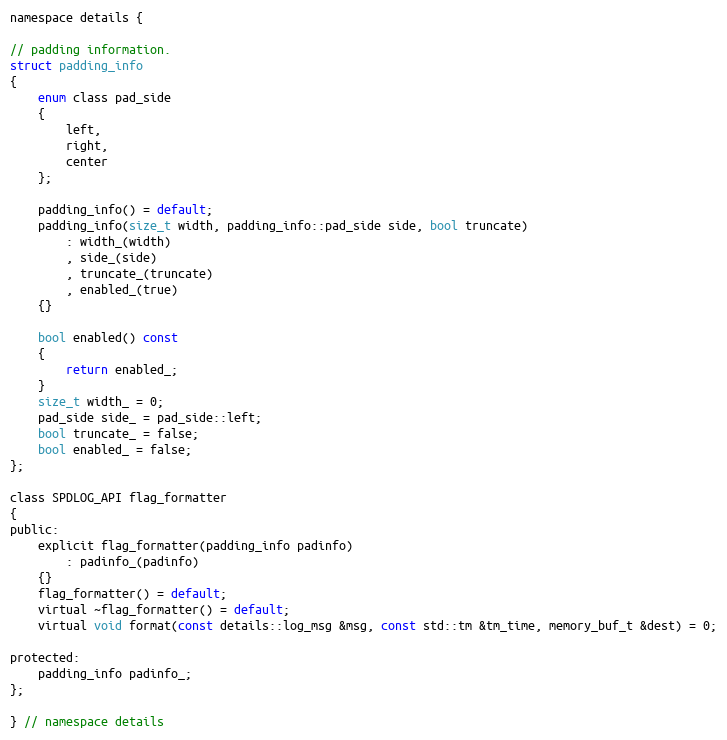
Language: C
namespace details {

// padding information.
struct padding_info
{
    enum class pad_side
    {
        left,
        right,
        center
    };

    padding_info() = default;
    padding_info(size_t width, padding_info::pad_side side, bool truncate)
        : width_(width)
        , side_(side)
        , truncate_(truncate)
        , enabled_(true)
    {}

    bool enabled() const
    {
        return enabled_;
    }
    size_t width_ = 0;
    pad_side side_ = pad_side::left;
    bool truncate_ = false;
    bool enabled_ = false;
};

class SPDLOG_API flag_formatter
{
public:
    explicit flag_formatter(padding_info padinfo)
        : padinfo_(padinfo)
    {}
    flag_formatter() = default;
    virtual ~flag_formatter() = default;
    virtual void format(const details::log_msg &msg, const std::tm &tm_time, memory_buf_t &dest) = 0;

protected:
    padding_info padinfo_;
};

} // namespace details